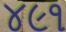
૪૯૧